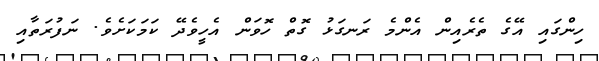
ހިންގައި އޭގެ ތެރެއިން އެންމެ ރަނގަޅު ގޮތް ހޮވަން އެހީވެދޭ ކަމަކަށެވެ. ނަފުރަތާއި